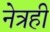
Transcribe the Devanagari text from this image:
नेत्रही